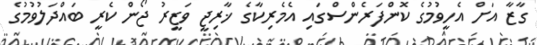
ގާޒާ އަށް އެހީވުމުގެ ކޮންފަރެންސްގައި އެމެރިކާގެ ޚާރިޖީ ވަޒީރު ޖޯން ކެރީ ބައްދަލުވުމުގެ